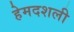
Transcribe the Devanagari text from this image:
हेमदशली